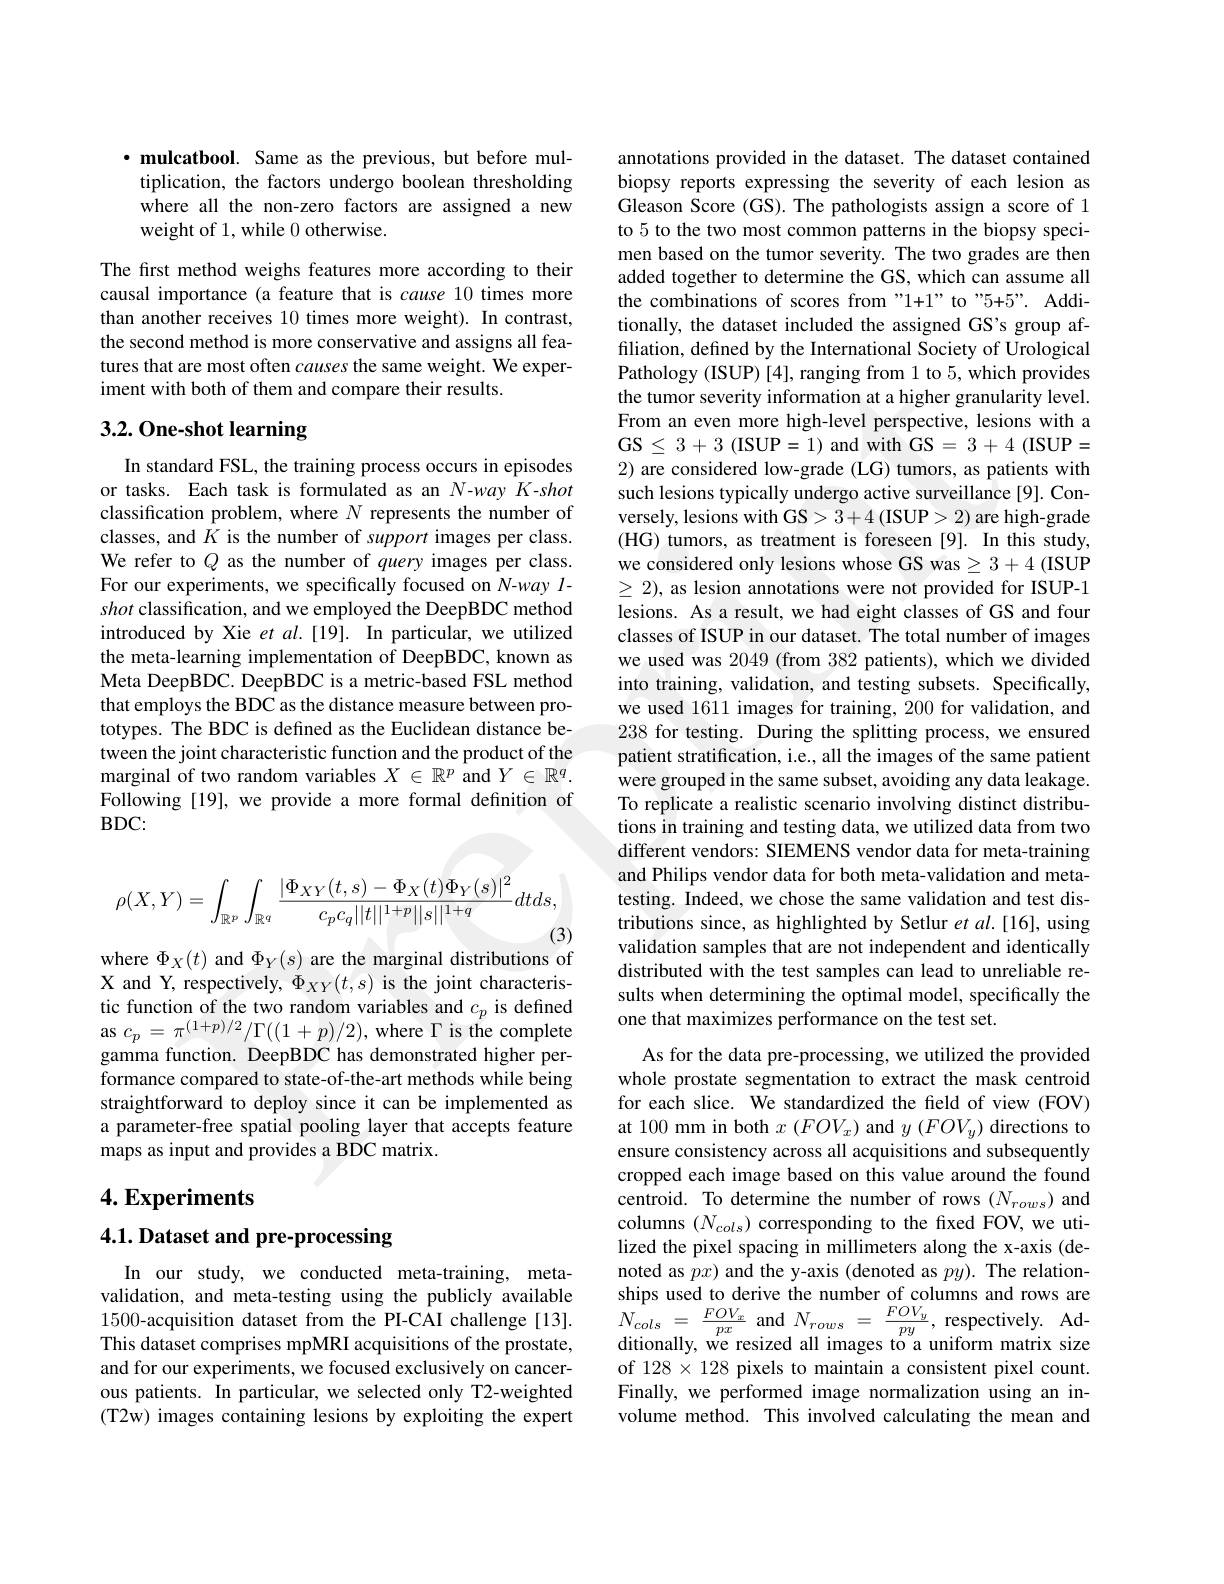
$\cdot$ mulcatbool. Same as the previous, but before mul-
tiplication, the factors undergo boolean thresholding where all the non-zero factors are assigned a new weight of 1, while 0 otherwise.

The first method weighs features more according to their causal importance (a feature that is cause 10 times more than another receives 10 times more weight). In contrast, the second method is more conservative and assigns all features that are most often causes the same weight. We experiment with both of them and compare their results.

## 3.2. One-shot learning

In standard FSL, the training process occurs in episodes or tasks. Each task is formulated as an N-way K-shot classification problem, where $N$ represents the number of classes, and $\bar{K}$ is the number of support images per class. We refer to $Q$ as the number of query images per class. For our experiments, we specifically focused on N-way $l$- shot classification, and we employed the DeepBDC method introduced by Xie et $al. [ 19] .$ In particular, we utilized the meta-learning implementation of DeepBDC, known as Meta DeepBDC. DeepBDC is a metric-based FSL method that employs the BDC as the distance measure between prototypes. The BDC is defined as the Euclidean distance between the joint characteristic function and the product of the marginal of two random variables $X\in\mathbb{R}^p$ and $Y\in\mathbb{R}^q.$ Following [19], we provide a more formal definition of $BDC:$
$$\rho(X,Y)=\int_{\mathbb{R}^p}\int_{\mathbb{R}^q}\frac{|\Phi_{XY}(t,s)-\Phi_X(t)\Phi_Y(s)|^2}{c_pc_q||t||^{1+p}||s||^{1+q}}dtds,$$
where $\Phi_X(t)$ and $\Phi_Y(s)$ are the marginal distributions of

X and Y, respectively, $\Phi_{XY}(t,s)$ is the joint characteristic function of the two random variables and $c_p$ is defined as $c_{p}=\pi^{(1+p)/2}/\Gamma((1+p)/2)$, where $\Gamma$ is the complete gamma function. DeepBDC has demonstrated higher performance compared to state-of-the-art methods while being straightforward to deploy since it can be implemented as a parameter-free spatial pooling layer that accepts feature maps as input and provides a BDC matrix.

## $4. \textbf{Experiments}$

### $4. 1. \textbf{Dataset and pre- processing}$

In our study, we conducted meta-training, metavalidation, and meta-testing using the publicly available 1500-acquisition dataset from the PI-CAI challenge[13]. This dataset comprises mpMRI acquisitions of the prostate, and for our experiments, we focused exclusively on cancerous patients. In particular, we selected only T2-weighted (T2w) images containing lesions by exploiting the expert

annotations provided in the dataset. The dataset contained biopsy reports expressing the severity of each lesion as Gleason Score (GS). The pathologists assign a score of 1 to 5 to the two most common patterns in the biopsy specimen based on the tumor severity. The two grades are then added together to determine the GS, which can assume all the combinations of scores from "1+1" to "5+5". Additionally, the dataset included the assigned GS's group affiliation, defined by the International Society of Urological Pathology (ISUP) [4], ranging from 1 to 5, which provides the tumor severity information at a higher granularity level. From an even more high-level perspective, lesions with a $\mathbf{GS}\leq3+3$ (ISUP=1) and with GS=3+4 (ISUP= 2) are considered low-grade (LG) tumors, as patients with such lesions typically undergo active surveillance [9]. Conversely, lesions with GS> 3+4 (ISUP>2) are high-grade (HG) tumors, as treatment is foreseen [9]. In this study, we considered only lesions whose GS was $\geq3+4$ (ISUP $\geq2)$, as lesion annotations were not provided for ISUP-1 lesions. As a result, we had eight classes of GS and four classes of ISUP in our dataset. The total number of images we used was 2049 (from 382 patients), which we divided into training, validation, and testing subsets. Specifically, we used 1611 images for training, 200 for validation, and 238 for testing. During the splitting process, we ensured patient stratification, i.e., all the images of the same patient were grouped in the same subset, avoiding any data leakage. To replicate a realistic scenario involving distinct distributions in training and testing data, we utilized data from two different vendors: SIEMENS vendor data for meta-training and Philips vendor data for both meta-validation and metatesting. Indeed, we chose the same validation and test distributions since, as highlighted by Setlur et al.[16], using validation samples that are not independent and identically distributed with the test samples can lead to unreliable results when determining the optimal model, specifically the one that maximizes performance on the test set.
As for the data pre-processing, we utilized the provided whole prostate segmentation to extract the mask centroid for each slice. We standardized the field of view (FOV) at 100 mm in both $x\left(FOV_{x}\right)$ and $y\left(FOV_{y}\right)$ directions to ensure consistency across all acquisitions and subsequently cropped each image based on this value around the found centroid. To determine the number of rows $(N_{rows})$ and columns $(N_{cols})$ corresponding to the fixed FOV, we utilized the pixel spacing in millimeters along the x-axis (denoted as $px)$ and the y-axis (denoted as $py).$ The relationships used to derive the number of columns and rows are $\hat{N_{cols}}=\frac{FOV_{x}}{px}$ and $N_{rows}=\frac{FOV_{y}}{py}$, respectively. Additionally, we resized all images to a uniform matrix size of $128\times128$ pixels to maintain a consistent pixel count. Finally, we performed image normalization using an involume method. This involved calculating the mean and